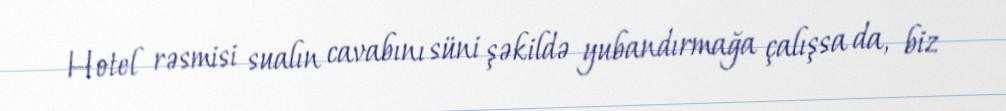
Hotel rəsmisi sualın cavabını süni şəkildə yubandırmağa çalışsa da, biz